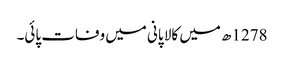
1278ھ میں کالا پانی میں وفات پائی۔